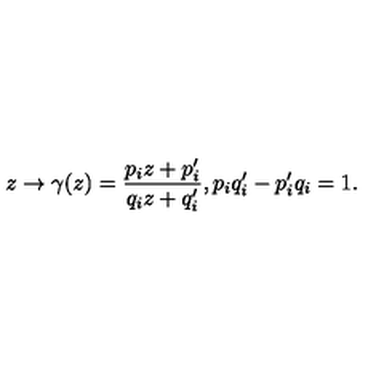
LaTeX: z \rightarrow \gamma ( z ) = \frac { p _ { i } z + p _ { i } ^ { \prime } } { q _ { i } z + q _ { i } ^ { \prime } } , p _ { i } q _ { i } ^ { \prime } - p _ { i } ^ { \prime } q _ { i } = 1 .